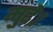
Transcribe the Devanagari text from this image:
मुद्दे।